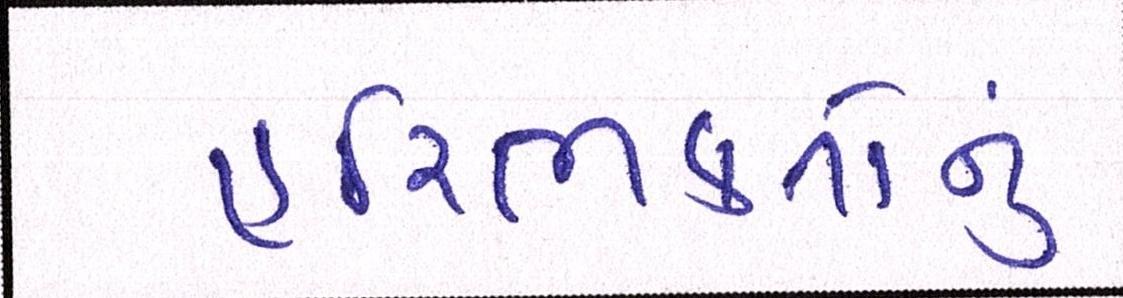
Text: હરિભક્તોનું